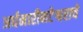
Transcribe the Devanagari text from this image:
अर्धनारीनटेश्वराचे